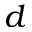
d